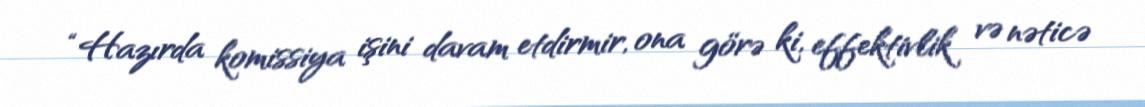
“Hazırda komissiya işini davam etdirmir, ona görə ki, effektivlik və nəticə